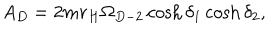
A _ { D } = 2 m r _ { H } \Omega _ { D - 2 } \cosh \delta _ { 1 } \cosh \delta _ { 2 } ,